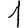
Digit: 1